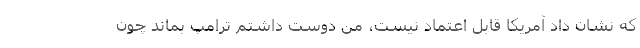
که نشان داد آمریکا قابل اعتماد نیست، من دوست داشتم ترامپ بماند چون